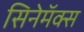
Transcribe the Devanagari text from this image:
सिनेमॅक्स